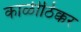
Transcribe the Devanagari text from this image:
काळीठिक्कर